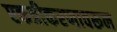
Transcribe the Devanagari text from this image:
एकत्रीकरणावरून